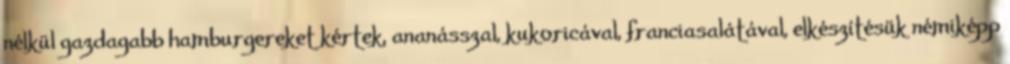
nélkül gazdagabb hamburgereket kértek, ananásszal, kukoricával, franciasalátával, elkészítésük némiképp